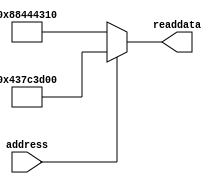
//Legal Notice: (C)2005 Altera Corporation. All rights reserved.  Your
//use of Altera Corporation's design tools, logic functions and other
//software and tools, and its AMPP partner logic functions, and any
//output files any of the foregoing (including device programming or
//simulation files), and any associated documentation or information are
//expressly subject to the terms and conditions of the Altera Program
//License Subscription Agreement or other applicable license agreement,
//including, without limitation, that your use is for the sole purpose
//of programming logic devices manufactured by Altera and sold by Altera
//or its authorized distributors.  Please refer to the applicable
//agreement for further details.

// synthesis translate_off
`timescale 1ns / 100ps
// synthesis translate_on
module sysid (
               // inputs:
                address,

               // outputs:
                readdata
             )
;

  output  [ 31: 0] readdata;
  input            address;

  wire    [ 31: 0] readdata;
  //control_slave, which is an e_avalon_slave
  assign readdata = address ? 1132215552 : 2286174992;

endmodule